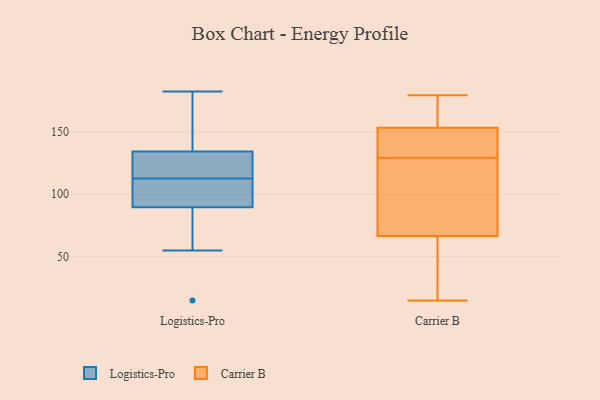
{"axis": {"x": "Market Share (%)", "y": "Value"}, "legend": ["Carrier B", "Logistics-Pro"], "data": [{"x": "", "y": 113, "type": "Logistics-Pro"}, {"x": "", "y": 82, "type": "Logistics-Pro"}, {"x": "", "y": 125, "type": "Logistics-Pro"}, {"x": "", "y": 112, "type": "Logistics-Pro"}, {"x": "", "y": 182, "type": "Logistics-Pro"}, {"x": "", "y": 55, "type": "Logistics-Pro"}, {"x": "", "y": 110, "type": "Logistics-Pro"}, {"x": "", "y": 163, "type": "Logistics-Pro"}, {"x": "", "y": 143, "type": "Logistics-Pro"}, {"x": "", "y": 120, "type": "Logistics-Pro"}, {"x": "", "y": 15, "type": "Logistics-Pro"}, {"x": "", "y": 97, "type": "Logistics-Pro"}, {"x": "", "y": 166, "type": "Carrier B"}, {"x": "", "y": 75, "type": "Carrier B"}, {"x": "", "y": 127, "type": "Carrier B"}, {"x": "", "y": 15, "type": "Carrier B"}, {"x": "", "y": 58, "type": "Carrier B"}, {"x": "", "y": 132, "type": "Carrier B"}, {"x": "", "y": 164, "type": "Carrier B"}, {"x": "", "y": 107, "type": "Carrier B"}, {"x": "", "y": 142, "type": "Carrier B"}, {"x": "", "y": 179, "type": "Carrier B"}, {"x": "", "y": 48, "type": "Carrier B"}, {"x": "", "y": 131, "type": "Carrier B"}]}